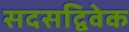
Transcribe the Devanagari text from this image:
सदसद्विवेक